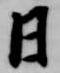
日